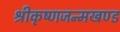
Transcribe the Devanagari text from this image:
श्रीकृष्णजन्मखण्ड